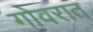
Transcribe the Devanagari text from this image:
गोवरात